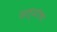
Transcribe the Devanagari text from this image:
सत्यांचा